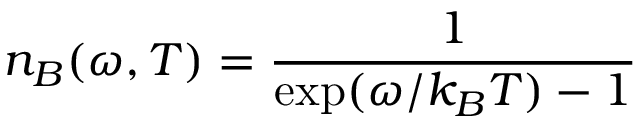
n _ { B } ( \omega , T ) = \frac { 1 } { \exp ( \omega / k _ { B } T ) - 1 }